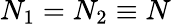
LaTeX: N_{1}=N_{2}\equiv N